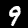
Label: 9